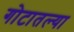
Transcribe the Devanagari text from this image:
गोटातल्या